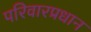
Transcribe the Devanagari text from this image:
परिवारप्रधान